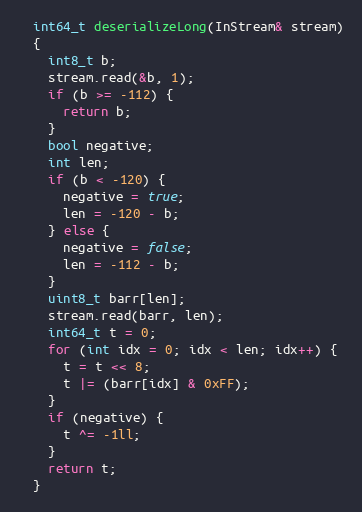
Language: C++
  int64_t deserializeLong(InStream& stream)
  {
    int8_t b;
    stream.read(&b, 1);
    if (b >= -112) {
      return b;
    }
    bool negative;
    int len;
    if (b < -120) {
      negative = true;
      len = -120 - b;
    } else {
      negative = false;
      len = -112 - b;
    }
    uint8_t barr[len];
    stream.read(barr, len);
    int64_t t = 0;
    for (int idx = 0; idx < len; idx++) {
      t = t << 8;
      t |= (barr[idx] & 0xFF);
    }
    if (negative) {
      t ^= -1ll;
    }
    return t;
  }